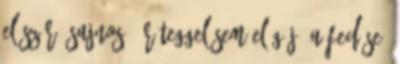
először. Sajnos 3 réteggel sem elég jó a fedése,